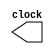

module clk(output reg clock);
initial
    clock = 0;
    always
        #10 clock = ~clock;
endmodule

module PCI(Clk, Rst, Frame, IRDY, TRDY, Ad, Ctrl, DevSel, Stop);
    input Clk, Rst, Frame, IRDY;
    inout [31:0] Ad;
    input [3:0] Ctrl;
    output reg DevSel, TRDY, Stop;

    clk C(Clk);
    reg[31:0] Buf[0:3];
    reg[31:0] AddBuf[0:3];

    // Flags
    reg flgDS, flgTRGT, flgDOA, flgData, flgBFR, flgRW, flgTR, flgIR, regIR, flg0,flg1,flg2,flg3, flgAdd, flgifadd, flgOP;
    reg [2:0]Counter;
    reg [31:0]Address;
    reg [31:0]BE;
	//flgDS to delay DEVSEL 1 Clk
	//flgTRGT to delay TRDY 1 Clk

    // INOUT Port
    reg flg; // 1 for read and 0 for write
    wire [31:0]W1; // Read Address from address lines
    reg [31:0]W2; //Put data in address lines
    assign Ad = (flg)? W2 : 32'hzzzzzzzz;
    //assign W1 = (flg)? 32'hzzzzzzzz : Ad;
    assign W1 = Ad;
    always@(posedge Clk or negedge Rst) begin
         if(~Rst)begin
            flg0 <= 1'b0;
	        flg1 <= 1'b0;
	        flg2 <= 1'b0;
	        flg3 <= 1'b0;
            flgAdd <= 1'b0;
            flgDS <= 1'b1;
            flgIR <= 1'b0;
            Counter = 3'b000;
            flgTR <= 1'b1;
            TRDY <= 1'b1;
    	    DevSel <= 1'b1;
    	    Stop <= 1'b1;
    	    flg <= 1'b1;
    	    W2 <= 32'hzzzzzzzz;
    	    flgData <= 1'b0;   // Flag to data number 1
    	    flgDOA <= 1'b0;    // Flag Data Or Address
	
    	    //flgBFR <= 1'b1;  // Flag Buffer
    	    //flgMe <= 1'b0;   // Flag Telling us if we are the target or not
    	end
    	else begin //With Clk
            if (Frame == 1'b0) begin
		        if (((Ctrl == 4'b0010 || Ctrl == 4'b0011) && (W1 === 32'h00001F40 || W1 === 32'h00001F41 || W1 === 32'h00001F42 || W1 === 32'h00001F43) || W1 === 32'hzzzzzzzz) && flgDOA == 1'b0)begin // Address Phase, 
		            flgDS <= 1'b0;
		            if(Ctrl == 4'b0010) begin flgOP = Ctrl[0]; end
		            if(Ctrl == 4'b0011) begin flgOP = Ctrl[0]; flgDOA <= 1'b1; end
			        if(W1 === 32'h00001F40 || W1 === 32'h00001F41 || W1 === 32'h00001F42 || W1 === 32'h00001F43) begin Address = W1 - 32'h00001F40; end
			        if (W1 === 32'hzzzzzzzz) begin// Check that read with ad is z or Write to begin Data phase,    //ZZZZ is a problem
		                flgDOA <= 1'b1; // Flag = 1 to begin Data Phase
			        end // check z
			    end
            end
        end
    end
    always@(posedge Clk) begin
        if(Frame == 1'b0) begin
            if(flgDOA == 1'b1) begin   // Data Phase, Check to begin sending Data , IRDY equal zero
		         
		            if(flgOP == 1'b1) begin // Write Operation, Data Phase
                        if(flgData == 1'b0) begin // check first data when Ad is Turning around
                    	    	DevSel = flgDS;	
				TRDY <= 1'b0;
                    	    BE = {{8{Ctrl[3]}}, {8{Ctrl[2]}}, {8{Ctrl[1]}}, {8{Ctrl[0]}}};
                    		Buf[Address] = W1 & BE;
                			flgData <= 1'b1;
                			Address  <= (Address + 1'b1) % 4;
            		    end
            		    if(flgData == 1'b1 && TRDY == 1'b0 && Counter < 3'b011 && flgIR == 1'b0) begin // Not first data there is no need for check address equal z
        		            BE = {{8{Ctrl[3]}}, {8{Ctrl[2]}}, {8{Ctrl[1]}}, {8{Ctrl[0]}}};
        		            Buf[Address] = W1 & BE;
        		            Address  <= (Address + 1'b1) % 4;
                            Counter <= Counter + 1;
                        end
                        else if(flgData == 1'b1 && Counter == 3'b100 && flgAdd == 1'b0) begin
                            TRDY <= 1'b1;
                            AddBuf[0] <= Buf[0];
                            AddBuf[1] <= Buf[1];
                            AddBuf[2] <= Buf[2];
                            AddBuf[3] <= Buf[3];
                            flgTR <= 1'b0;
                            flgAdd <= 1'b1;
                            Counter <= Counter + 1;
                        end
                        else if(flgTR == 1'b0 && flgAdd == 1'b1 && Counter == 3'b101) begin
                            TRDY <= 1'b0; 
                            flgTR <= 1'b1;
                            flgData <= 1'b0;
                            Counter <= 3'b000;
                            Address <= 32'h00000000;
                        end
                        else if(flgData == 1'b1 && Counter == 3'b011 && flgAdd == 1'b1) begin
                            Stop <= 1'b0;
                        end
                        if(IRDY == 1'b1) begin 
                            flgIR <= 1'b1; 
                        end
                        else if(IRDY == 1'b0) begin 
                            flgIR <= 1'b0;//Clk ?????
                            //flgIR <= regIR;
                        end                    	
                    end // close Write Operation 
	        end
		end
		if (Frame == 1'b1)begin
                DevSel <= 1'b1;
                TRDY <= 1'b1;
                flg0 <= 1'b0;
                flgAdd <= 1'b0;
                flgDS <= 1'b1;
                flgIR <= 1'b0;
                Counter = 3'b000;
                flgTR <= 1'b1;
        	    Stop <= 1'b1;
                flg <= 1'b1;
	            W2 <= 32'hzzzzzzzz;
                flgData <= 1'b0;   // Flag to data number 1
        	    flgDOA <= 1'b0;
        end //Close Not Frame
    end
    always@(negedge Clk) begin
       if(Frame == 1'b0) begin    
			    if(flgDOA == 1'b1) begin   // Data Phase, Check to begin sending Data , IRDY equal zero
		            
		            if(flgOP == 1'b0) begin // Read Operation
                    	if(flgData == 1'b0) begin // check first data when Ad is Turning around
				DevSel = flgDS;                    	    
				TRDY <= 1'b0;
                    		W2 = Buf[Address];
                			flgData <= 1'b1;
                			Address  <= (Address + 1) % 4;
            		    end
            		    else if(flgData == 1'b1 && TRDY == 1'b0 && Counter < 3'b011 && flgIR == 1'b0) begin // Not first data there is no need for check address equal z
        		            W2 = Buf[Address];
        		            Address  <= (Address + 1) % 4;
                            Counter <= Counter + 1;
                        end
                        else if(flgData == 1'b1 && Counter == 3'b100 && flgAdd == 1'b0) begin
                            TRDY <= 1'b1;
                            Buf[0] <= AddBuf[0];
                            Buf[1] <= AddBuf[1];
                            Buf[2] <= AddBuf[2];
                            Buf[3] <= AddBuf[3];
                            flgTR <= 1'b0;
                            flgAdd <= 1'b1;
                            Counter <= Counter + 1;
                        end
                        else if(flgTR == 1'b0 && flgAdd == 1'b1 && Counter == 3'b101) begin
                            TRDY <= 1'b0; 
                            flgTR <= 1'b1;
                            flgData <= 1'b0;
                            Counter <= 3'b000;
                            Address <= 32'h00000000;
                        end
                        else if(flgData == 1'b1 && Counter == 3'b011 && flgAdd == 1'b1) begin
                            Stop <= 1'b0;
                        end
                        if(IRDY == 1'b1) begin 
                            flgIR <= 1'b1; 
                        end
                        else if(IRDY == 1'b0) begin 
                            flgIR <= 1'b0;//Clk ?????
                            //flgIR <= regIR;
                        end
                    end
                end
    	end //else clk not rst
    	if (Frame == 1'b1)begin
                DevSel <= 1'b1;
                TRDY <= 1'b1;
                flg0 <= 1'b0;
                flgAdd <= 1'b0;
                flgDS <= 1'b1;
                flgIR <= 1'b0;
                Counter = 3'b000;
                flgTR <= 1'b1;
        	    Stop <= 1'b1;
                flg <= 1'b1;
	            W2 <= 32'hzzzzzzzz;
                flgData <= 1'b0;   // Flag to data number 1
        	    flgDOA <= 1'b0;
        end //Close Not Frame
    end //always
endmodule

/*module ATestbenchPCI11 (Trdy, Devsel, Stop, Address);
inout [31:0]Address;
input Stop, Devsel, Trdy;
reg Frame, Irdy, Rst;
reg [3:0] CBE;
wire flg_TRGT;
reg flg; // 1 for write and 0 for read 
wire[31:0] W1; 
reg [31:0]WW, Mem [0:1];
clk c1(Clk);
//wire [31:0]Add;
assign Address = flg? WW : 32'hzzzzzzzz;
//assign W1 = flg? 32'hzzzzzzzz : Address;
assign W1 = Address;
PCI p1(Clk, Rst, Frame, Irdy, Trdy, Address, CBE, Devsel, Stop);
assign flg_TRGT = (Trdy==1'b0 && Devsel == 1'b0)? 1'b1 : 1'b0;
//assign Add = (1'b1)? W2 : 'bz;
//assign W1 = Add;

initial begin
#0
Frame <= 1'b1;
Irdy <= 1'b1;
CBE <= 4'b0000;
Rst <= 1'b0;
flg <= 1'b1;

#20
Rst <= 1'b1; 
Frame <= 1'b0;
CBE <= 4'b0011;
flg <= 1'b1;
WW = 32'h00001F42;

#20 // Byte enable Turn around
CBE <= 4'b0001;
Irdy <= 1'b0;
WW = 32'h11111111;
//flg <= 1'b0;


#20 // Byte enable Turn around
CBE <= 4'b1000;
WW = 32'h01000110;




#20
CBE <= 4'b0110;
WW <= 32'h11110000;
Frame <= 1'b1;






////////////////////////
#20
Frame <= 1'b1;
Irdy <= 1'b1;
CBE <= 4'b0000;
flg <= 1'b1;

#20 
Frame <= 1'b0;
CBE <= 4'b0010;
flg <= 1'b1;
WW = 32'h00001F42;

#20 // Byte enable Turn around
CBE <= 4'b0000;
Irdy <= 1'b0;
WW = 32'hzzzzzzzz;
//flg <= 1'b0;

#40
flg <= 1'b1;
if(flg_TRGT)begin
Mem[0] = W1;
end

#20
Irdy = 1'b0;
Mem[1] = W1;

end
endmodule*/ 

/*module testbench_2(Trdy, Devsel, Stop, Address);
    reg[31:0] W2, Mem[0:7];
    clk c1(Clk);
    inout [31:0]Address;
    input Stop, Devsel, Trdy;
    reg [3:0] Cbe;
    reg flg, Rst, Frame, Irdy;
    wire[31:0] W1;
    PCI p1(Clk, Rst, Frame, Irdy, Trdy, Address, Cbe, Devsel, Stop);
    assign Address = flg? W2 : 32'hzzzzzzzz;
    assign W1 = flg? Address : 32'hzzzzzzzz;
    //Beginig Testbench 
    initial begin
	//$dumpfile("testbench.vcd");
	//$dumpvars(0, testbench);
        Rst <= 1'b1;
        #20
            Rst <= 1'b0;
            Frame <= 1'b1;
        #20
	    flg <= 1'b1;
            Rst <= 1'b1;
            Frame <= 1'b0;
            W2 <= 32'h00001F40; //Not Our PCI Device
            Cbe <= 4'b0011; // Read Operation
	    #20
            Frame <= 1'b0;
	    Irdy <= 1'b0;
	    W2 <= 32'h11111000;
		Cbe <= 4'b1011;
		 Frame <= 1'b1;
	#20
	    W2 <= 32'h00001111;
	    Cbe <= 4'b0001;
	    Irdy <= 1'b1;
    end
endmodule*/